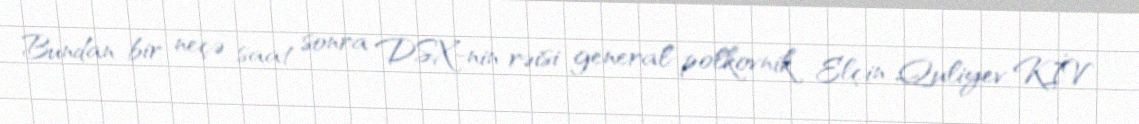
Bundan bir neçə saat sonra DSX-nin rəisi general-polkovnik Elçin Quliyev KİV